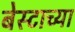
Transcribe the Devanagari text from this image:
बेस्टाच्या